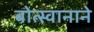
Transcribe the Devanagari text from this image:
बोत्स्वानाने